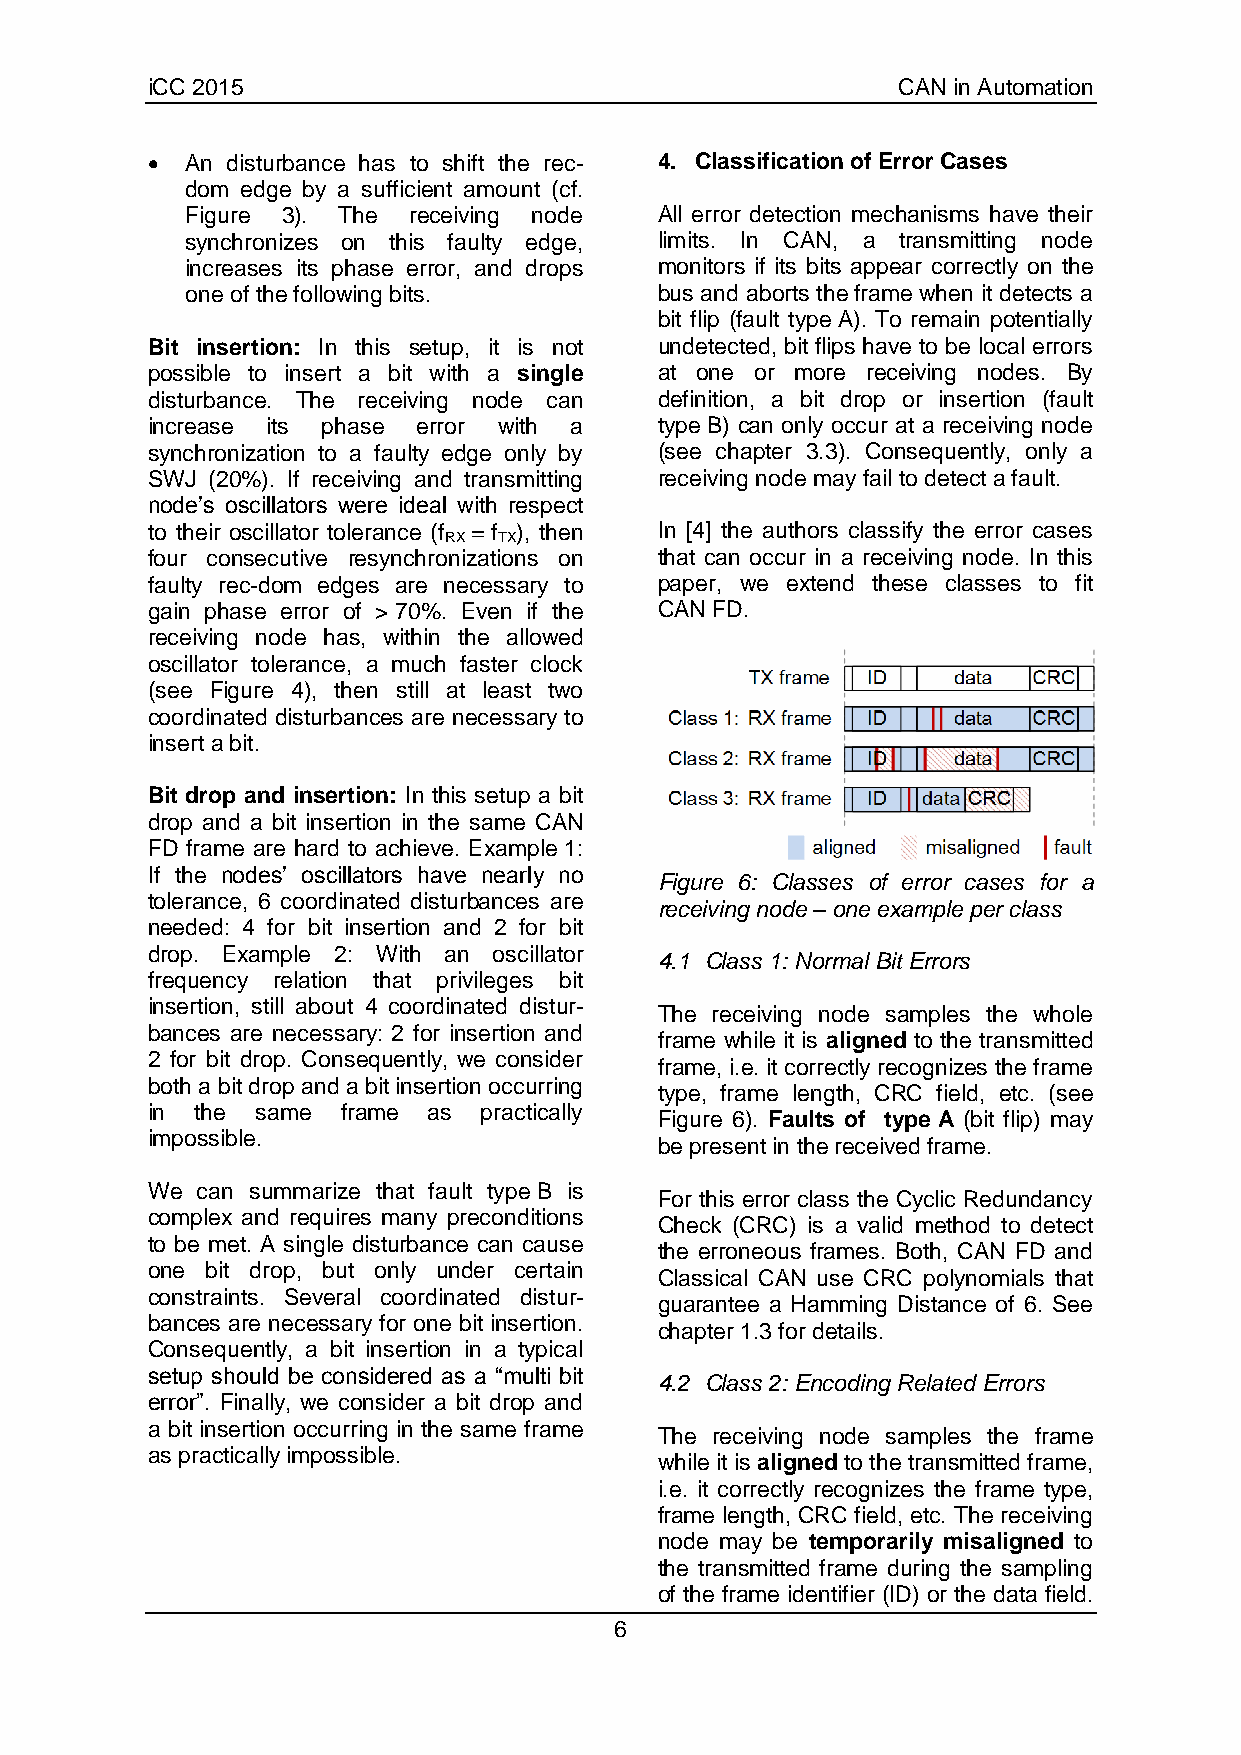
iCC 2015                                         CAN in Automation
  An disturbance has to shift the rec- 4. Classification of Error Cases
 dom edge by a sufficient amount (cf.
 Figure 3). The receiving node   All error detection mechanisms have their
 synchronizes on this faulty edge, limits. In CAN, a transmitting node
 increases its phase error, and drops monitors if its bits appear correctly on the
 one of the following bits.      bus and aborts the frame when it detects a
 bit flip (fault type A). To remain potentially
 Bit insertion: In this setup, it is not undetected, bit flips have to be local errors
 possible to insert a bit with a single at one or more receiving nodes. By
 disturbance. The receiving node can definition, a bit drop or insertion (fault
 increase its phase error with a   type B) can only occur at a receiving node
 synchronization to a faulty edge only by (see chapter 3.3). Consequently, only a
 SWJ (20%). If receiving and transmitting receiving node may fail to detect a fault.
 node’s oscillators were ideal with respect
 to their oscillator tolerance (f = f ), then In [4] the authors classify the error cases
 RX  TX
 four consecutive resynchronizations on that can occur in a receiving node. In this
 faulty rec-dom edges are necessary to paper, we extend these classes to fit
 gain phase error of > 70%. Even if the CAN FD.
 receiving node has, within the allowed
 oscillator tolerance, a much faster clock
 (see Figure 4), then still at least two
 coordinated disturbances are necessary to
 insert a bit.
 Bit drop and insertion: In this setup a bit
 drop and a bit insertion in the same CAN
 FD frame are hard to achieve. Example 1:
 If the nodes’ oscillators have nearly no
 Figure 6: Classes of error cases for a
 tolerance, 6 coordinated disturbances are
 receiving node – one example per class
 needed: 4 for bit insertion and 2 for bit
 drop. Example 2: With an oscillator
 4.1 Class 1: Normal Bit Errors
 frequency relation that privileges bit
 insertion, still about 4 coordinated distur-
 The receiving node samples the whole
 bances are necessary: 2 for insertion and
 frame while it is aligned to the transmitted
 2 for bit drop. Consequently, we consider
 frame, i.e. it correctly recognizes the frame
 both a bit drop and a bit insertion occurring
 type, frame length, CRC field, etc. (see
 in the same  frame as practically
 Figure 6). Faults of type A (bit flip) may
 impossible.
 be present in the received frame.
 We can summarize that fault type B is
 For this error class the Cyclic Redundancy
 complex and requires many preconditions
 Check (CRC) is a valid method to detect
 to be met. A single disturbance can cause
 the erroneous frames. Both, CAN FD and
 one bit drop, but only under certain
 Classical CAN use CRC polynomials that
 constraints. Several coordinated distur-
 guarantee a Hamming Distance of 6. See
 bances are necessary for one bit insertion.
 chapter 1.3 for details.
 Consequently, a bit insertion in a typical
 setup should be considered as a “multi bit
 4.2 Class 2: Encoding Related Errors
 error”. Finally, we consider a bit drop and
 a bit insertion occurring in the same frame
 The receiving node samples the frame
 as practically impossible.
 while it is aligned to the transmitted frame,
 i.e. it correctly recognizes the frame type,
 frame length, CRC field, etc. The receiving
 node may be temporarily misaligned to
 the transmitted frame during the sampling
 of the frame identifier (ID) or the data field.
 6